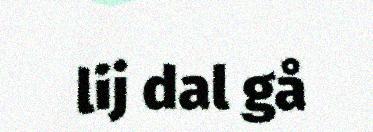
lij dal gå